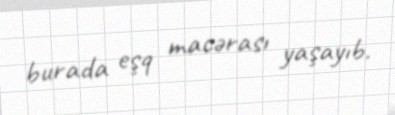
burada eşq macərası yaşayıb.